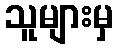
သူများမှ